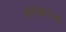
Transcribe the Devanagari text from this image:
जांभेकरांचा